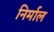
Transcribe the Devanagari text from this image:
निर्माल